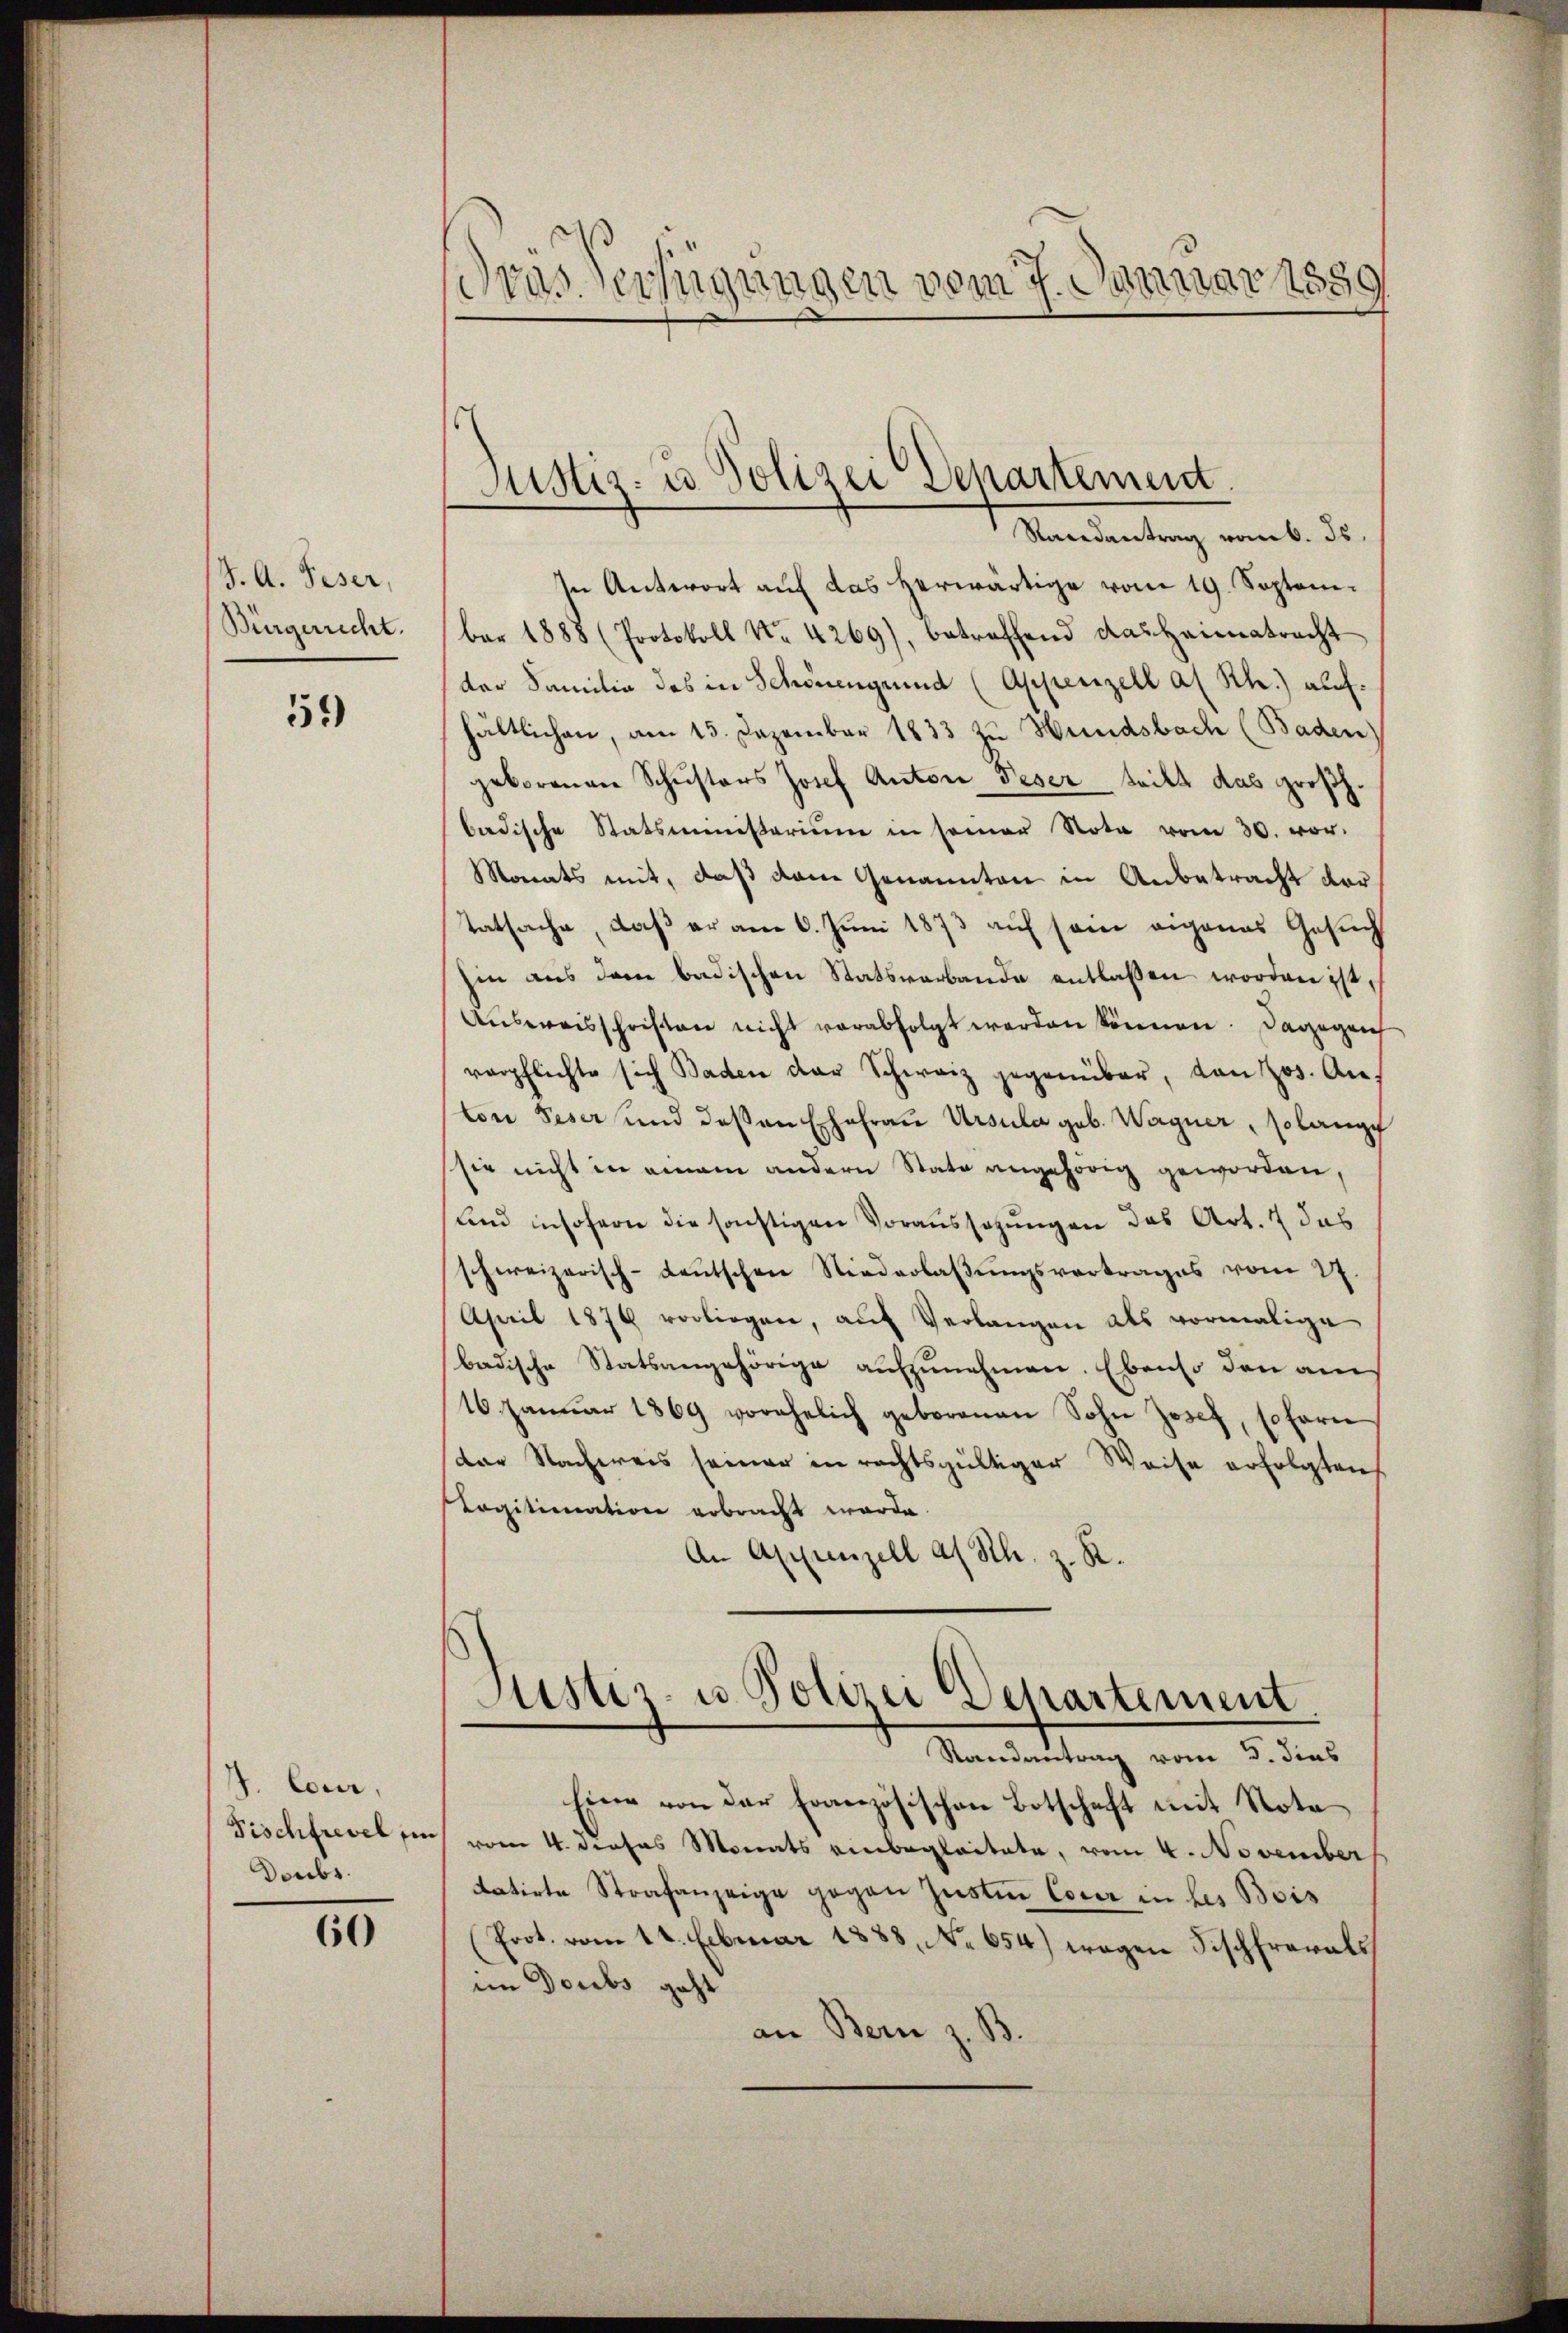
J. A. Geser,
Bürgerrecht.

59)

J. Cour
Fischfrevel ein
Doubs.

60

Dras einigungen vom 7. Januar 1859

Randantrag vom 6. ds.
In Antwort auf das herwärtige vom 19. September 1888 (Protokoll No. 4269), betreffend das Heimatracht
der Familie des in Schonengrund (Appenzell a. Rh.) auf.
hältlichen, am 13. Dezember 1833 zu Hundsbach (Baden
geborenen Schusters Josef Anton Peser teilt das großh.
badische Statsministerium in seiner Nota vom 30. vor.
Monats mit, daß dem Genannten in Anbetracht vor¬
Tatsache, daß er am 6. Juni 1873 auf sein eigenes Gesuch
hin aus dem badischen Statsverbande entlassen worden ist,
Aŭsweisschriften nicht verabfolgt werden können. Dagegen
verpflichte sich Baden der Schweiz gegenüber, von Jos. An
ton Peser und deßen Ehefrau Ursula geb. Wagner, solange
sie nicht in einem andern Stato angehörig geworden,
und insofern die sonstigen Voraussagungen das Art. 7 das
schweizerisch-deŭtschen Niederlaβŭngsvertrages vom 27.
April 1879 vorliegen, aŭf Verlangen als vormalige
badische Statsangehörige aŭfzŭnehmen. Ebenso den am
16. Janŭar 1869 vorehelich geborenen Sohn Josef, sofern
Dar Nachweis seiner in rechtsgültiger Weise erfolgten
Legitimation erbracht werde.
An Appenzell as Sch. z. R.
Justiz- u. Polizei Departement
Randantrag vom 3. dies
Eine von der Französischen Botschaft mit Nota
vom 4. dieses Monats einbegleitete, vom 4. November
datirte Strafanzeige gegen Justin Cour in des Beis
(Prot. vom 14. Februar 1883, No 654.) wegen Fischfrarals
im Doubs geht
an Bern z. B.

Justiz- u Polizei Departement